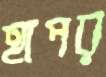
হাপর